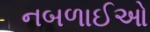
નબળાઈઓ